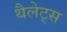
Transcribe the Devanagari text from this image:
थैलेट्स